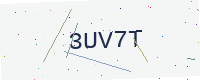
Text: 3UV7T